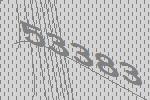
53383